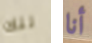
تلك أنا